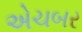
એચબર